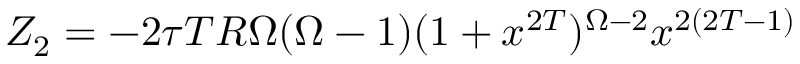
Z _ { 2 } = - 2 \tau T R \Omega ( \Omega - 1 ) ( 1 + x ^ { 2 T } ) ^ { \Omega - 2 } { x ^ { 2 ( 2 T - 1 ) } }